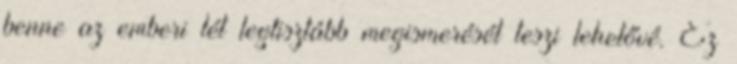
benne az emberi lét legtisztább megismerését teszi lehetővé. Ez